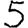
Digit: 5